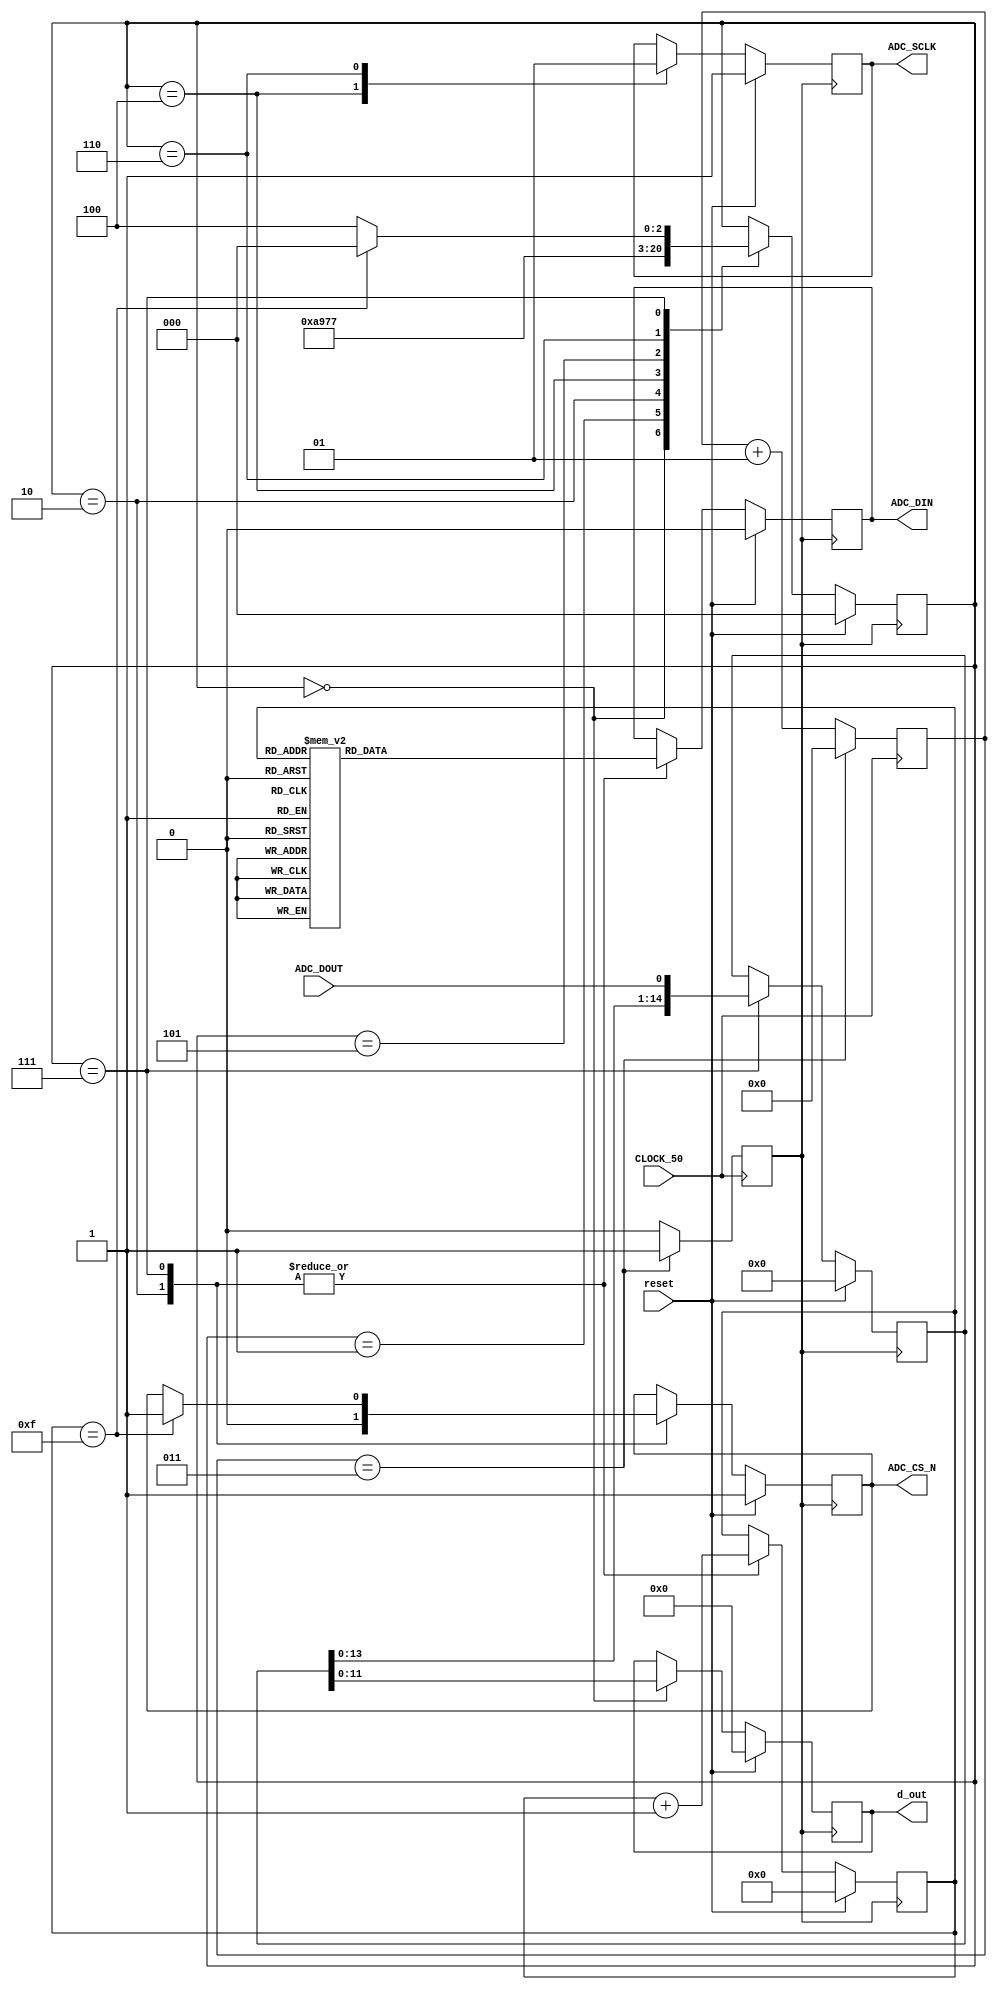
module adc(    input CLOCK_50,
					input ADC_DOUT,
					output reg [11:0] d_out,
					output reg ADC_CS_N,
					output reg ADC_SCLK,
					output reg ADC_DIN,
					input reset);
	
	reg [2:0] state;   
	reg [2:0] addr;    
	reg [3:0] count;   
	reg [14:0] buffer; 
	integer counter_clk;
	reg clk_en;
	wire [3:0] count2;    
	reg control;     


	parameter QUIET0 = 3'b000, QUIET1 = 3'b001, QUIET2 = 3'b010;
	parameter CYCLE0 = 3'b100, CYCLE1 = 3'b101, CYCLE2 = 3'b110, CYCLE3 = 3'b111;
	
	initial begin
		ADC_CS_N <= 1;
		ADC_DIN <= 0;
		ADC_SCLK <= 1;
		state <= QUIET0;
		buffer <= 0;
		addr <= 0;
		counter_clk <= 0;
		clk_en <= 0;
		count <= 0;
		d_out <= 0;
	end

	
	// Create 12.5 MHz clock for ADC 
	always @(posedge CLOCK_50) begin
	
		if(counter_clk == 3) begin
			counter_clk <= 0;
			clk_en = 1;
		end else begin
			counter_clk <= counter_clk + 1;
			clk_en <= 0;
		end
		
	end
	
	assign count2 = count + 1;
	
	// determine control
	always @(*)
		case (count)
			4'b0000: control = 1; //write
			4'b0001: control = 0;  //seq
			4'b0010: control = 1'bx;  //dont care
			4'b0011: control = 0; //addr[2]
			4'b0100: control = 0; //addr[1]
			4'b0101: control = 0; //addr[0]
			4'b0110: control = 1; //pm1 (normal mode)
			4'b0111: control = 1; //pm0 (normal mode)
			4'b1000: control = 0; //shadow
			4'b1001: control = 1'bx; //dont care
			4'b1010: control = 0; // range (0-5V)
			4'b1011: control = 1; //coding (straight binary)
			default: control = 1'bx;
		endcase
	
	
	// transitions for state holding elements
	always @(posedge clk_en)
		if (reset)
			begin
				ADC_CS_N <= 1;
				ADC_DIN <= 0;
				ADC_SCLK <= 1;
				state <= QUIET0;
				addr <= 0;
				count <= 0;
				buffer <= 0;
				d_out <= 0;
			end
		else
			begin
				case (state)
					QUIET0: // first CLOCK_50 cycle of quiet period, xfer buffer to d_out
						begin
							state <= QUIET1;
							d_out <= buffer[11:0];
						end
					QUIET1:
						begin
							state <= QUIET2;
						end
					QUIET2: // end the quiet period by bringing CS low and setting up first d_out bit
						begin
							state <= CYCLE0;
							ADC_CS_N <= 0;
							ADC_DIN <= control;
							count <= count2;
						end
					CYCLE0: // first CLOCK_50 cycle of serial d_out xfer cycle, bring SCLK low
						begin
							state <= CYCLE1;
							ADC_SCLK <= 0;
						end
					CYCLE1:
						begin
							state <= CYCLE2;
						end
					CYCLE2: // bring SCLK high
						begin
							state <= CYCLE3;
							ADC_SCLK <= 1;
						end
					CYCLE3: // get d_out in and prepare for next cycle or transition back to quiet
						begin
							if (count == 4'b1111) // back to quiet
								begin
									state <= QUIET0;
									ADC_CS_N <= 1;
									addr <= addr + 1;
								end
							else
								begin
									state <= CYCLE0;
								end
							ADC_DIN <= control;
							buffer <= {buffer[13:0], ADC_DOUT};
							count <= count2;
						end
				endcase
			end
endmodule